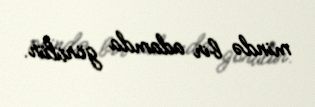
mində bir adamda görülür.